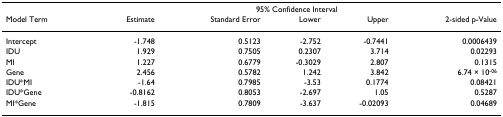
<table><thead><tr><td></td><td colspan="5"><b>95% Confidence Interval</b></td></tr><tr><td><b>Model Term</b></td><td><b>Estimate</b></td><td><b>Standard Error</b></td><td><b>Lower</b></td><td><b>Upper</b></td><td><b>2-sided p-Value</b></td></tr></thead><tbody><tr><td>Intercept</td><td>-1.748</td><td>0.5123</td><td>-2.752</td><td>-0.7441</td><td>0.0006439</td></tr><tr><td>IDU</td><td>1.929</td><td>0.7505</td><td>0.2307</td><td>3.714</td><td>0.02293</td></tr><tr><td>MI</td><td>1.227</td><td>0.6779</td><td>-0.3029</td><td>2.807</td><td>0.1315</td></tr><tr><td>Gene</td><td>2.456</td><td>0.5782</td><td>1.242</td><td>3.842</td><td>6.74 × 10<sup>-06</sup></td></tr><tr><td>IDU*MI</td><td>-1.64</td><td>0.7985</td><td>-3.53</td><td>0.1774</td><td>0.08421</td></tr><tr><td>IDU*Gene</td><td>-0.8162</td><td>0.8053</td><td>-2.697</td><td>1.05</td><td>0.5287</td></tr><tr><td>MI*Gene</td><td>-1.815</td><td>0.7809</td><td>-3.637</td><td>-0.02093</td><td>0.04689</td></tr></tbody></table>